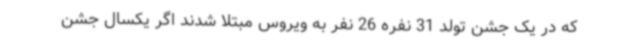
که در یک جشن تولد 31 نفره 26 نفر به ویروس مبتلا شدند اگر یکسال جشن